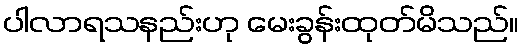
ပါလာရသနည်းဟု မေးခွန်းထုတ်မိသည်။